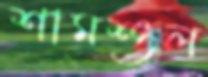
শামশুল